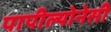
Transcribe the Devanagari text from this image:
पापील्योनेसी